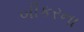
બીકરના